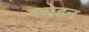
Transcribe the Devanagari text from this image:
बसेइन